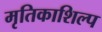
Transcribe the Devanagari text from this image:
मृतिकाशिल्प